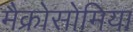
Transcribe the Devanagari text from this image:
मैक्रोसोमिया